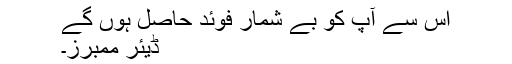
اس سے آپ کو بے شمار فوئد حاصل ہوں گے
ڈیئر ممبرز۔